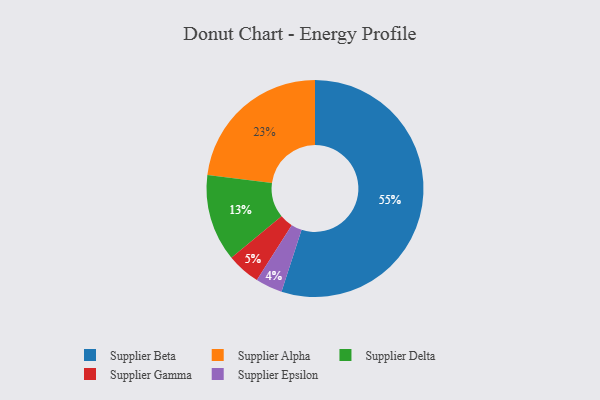
{"axis": {"x": "Category", "y": "Percentage"}, "legend": ["Supplier Alpha", "Supplier Beta", "Supplier Delta", "Supplier Epsilon", "Supplier Gamma"], "data": [{"x": "Supplier Gamma", "y": 5, "type": "Supplier Gamma"}, {"x": "Supplier Beta", "y": 55, "type": "Supplier Beta"}, {"x": "Supplier Epsilon", "y": 4, "type": "Supplier Epsilon"}, {"x": "Supplier Delta", "y": 13, "type": "Supplier Delta"}, {"x": "Supplier Alpha", "y": 23, "type": "Supplier Alpha"}]}